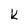
Character: k